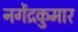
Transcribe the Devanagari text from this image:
नगेंद्रकुमार